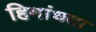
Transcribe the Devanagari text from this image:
हिमांधता